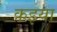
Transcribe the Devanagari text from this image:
कइया